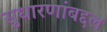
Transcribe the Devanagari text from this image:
सुधारणांबद्दल